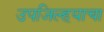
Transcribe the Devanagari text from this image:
उपजिल्हयाचा